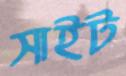
সাইট